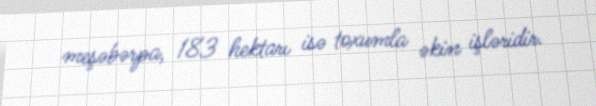
meşəbərpa, 183 hektarı isə toxumla əkin işləridir.